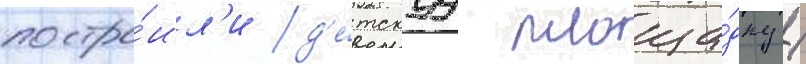
постро́ил'и д'е́тскуу площа́дку /